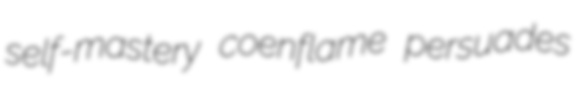
self-mastery coenflame persuades